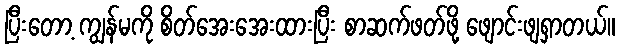
ပြီးတော့ ကျွန်မကို စိတ်အေးအေးထားပြီး စာဆက်ဖတ်ဖို့ ဖျောင်းဖျရှာတယ်။